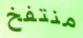
منتفخ